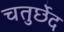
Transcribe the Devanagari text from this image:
चतुर्छेद